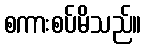
စကားစပ်မိသည်။